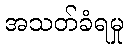
အသတ်ခံရမှု